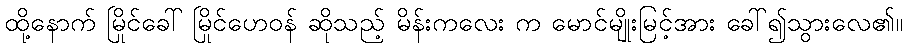
ထို့နောက် မြိုင်ခေါ် မြိုင်ဟေဝန် ဆိုသည့် မိန်းကလေး က မောင်မျိုးမြင့်အား ခေါ်၍သွားလေ၏။